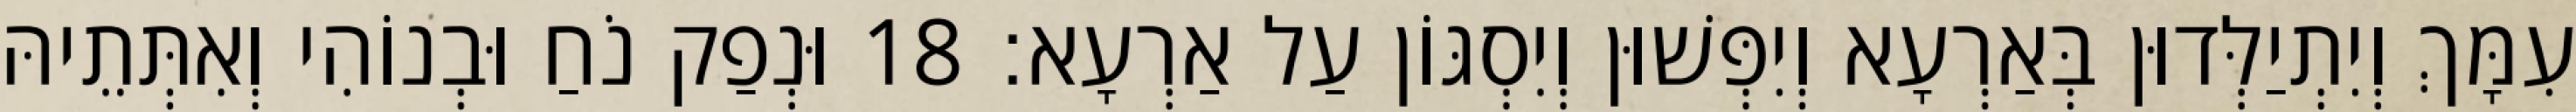
עִמָּךְ וְיִתְיַלְּדוּן בְּאַרְעָא וְיִפְּשׁוּן וְיִסְגּוֹן עַל אַרְעָא׃ 18 וּנְפַק נֹחַ וּבְנוֹהִי וְאִתְּתֵיהּ